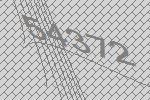
54372